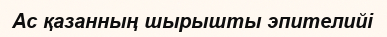
Ac қазанның шырышты эпителийі